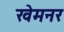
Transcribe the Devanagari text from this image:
खेमनर